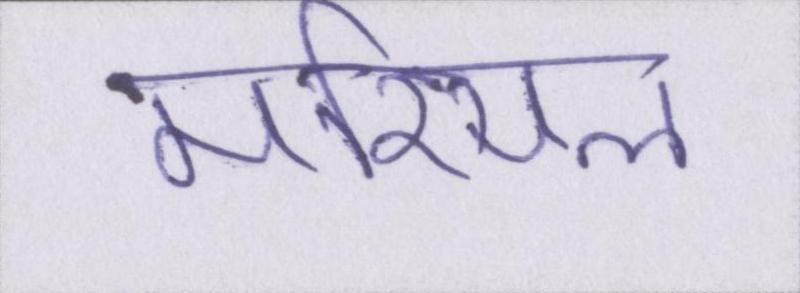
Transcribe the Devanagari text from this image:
मरियल